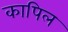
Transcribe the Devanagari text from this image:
कापिल